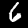
Digit: 6